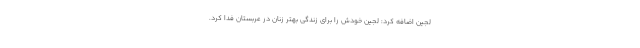
لجین اضافه کرد: لجین خودش را برای زندگی بهتر زنان در عربستان فدا کرد.